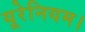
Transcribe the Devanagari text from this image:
यूरेनियम।